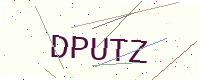
Text: DPUTZ